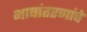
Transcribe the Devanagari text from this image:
भाषांतरणांचे